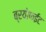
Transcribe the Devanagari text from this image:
ब्रयोफईट